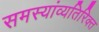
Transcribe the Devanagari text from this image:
समस्यांव्यतिरिक्त